Annual vaccination report of Bihar and Orissa - 1911-1928
Year: 1911
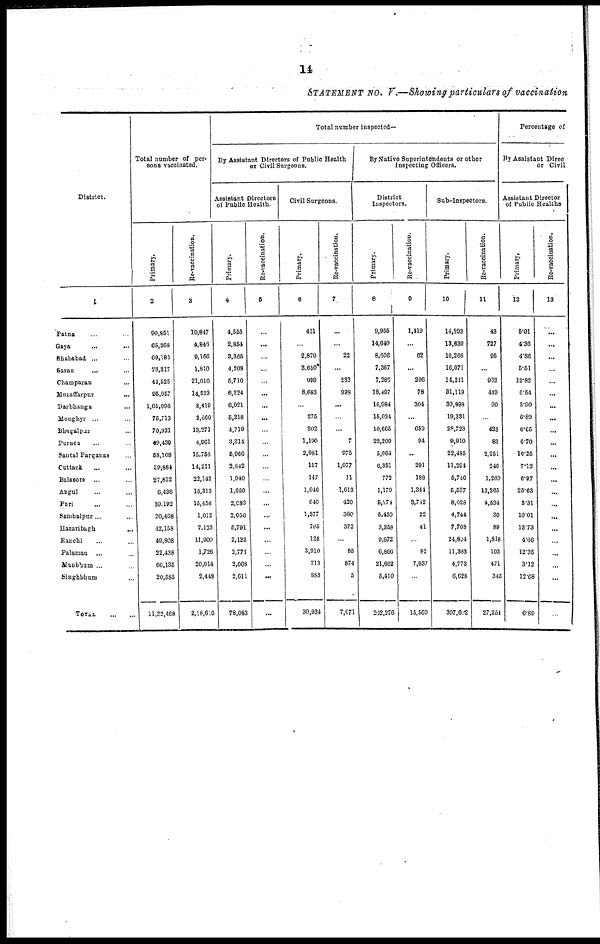
14
STATEMENT No. V.—Showing particulars of vaccination
District.
1
Patna ... ...
Gaya ... ...
Shahabad ... ...
Saran
... ...
Champaran ...
Muzaffarpur
...
Darbhanga ...
Monghyr ... ...
Bhagalpur ...
Purnea ... ...
Santal Parganas ...
Cuttack ... ...
Balasore ... ...
Angul ... ...
Puri ... ...
Sambalpur... ...
Hazaribagh
...
Ranchi ... ...
Palamau ... ...
Manbhum ... ...
Singhbhum ...
TOTAL
...
...
Total number of per-
sons vaccinated.
Primary.
2
90,851
65,368
69,186
76,317
44,525
95,057
1,01,996
75,713
70,921
49,439
58,169
39,884
27,822
6,436
39,192
20,468
12,158
49,808
22,438
66,135
20,585
11,32,468
Re-vaccination.
3
10,847
4,846
9,166
1,810
21,010
14,523
8,419
2,660
13,271
4,961
15,758
14,211
22,142
15,313
15,456
1,012
7,123
11,900
1,726
20,014
2,448
2,18,616
Total number inspected—
By Assistant Directors of Public Health
or Civil Surgeons.
Assistant Directors
of Public Health.
Primary.
4
4,555
2,854
3,365
4,208
5,710
6,224
6,021
5,218
4,719
3,314
5,966
2,842
1,940
1,650
2,083
2,050
5,791
2,123
3,771
2,068
2,611
78,083
Re-vaccination.
5
...
...
...
...
...
...
...
...
...
...
...
...
...
...
...
...
...
...
...
...
...
...
Civil Surgeons.
Primary.
6
421
...
2,870
3,650
999
8,683
...
275
202
1,190
2,981
117
147
1,046
640
1,877
705
125
3,910
713
883
30,934
Re-vaccination.
7
...
...
22
...
232
998
...
...
...
7
975
1,077
11
1,613
420
380
372
...
85
874
5
7,071
By Native Superintendents or other
Inspecting Officers.
District
Inspectors.
Primary.
8
9,955
14,640
8,606
7,367
7,280
18,497
16,984
15,024
10,665
22,200
5,064
6,351
772
1,170
5,174
5,450
3,358
9,672
6,866
21,662
5,410
202,276
Re-vaccination.
9
1,419
...
62
...
206
78
304
...
659
94
...
291
188
1,344
3,742
22
41
...
82
7,037
...
15,569
Sub-Inspectors.
Primary.
10
14,293
13,630
16,266
16,071
14,211
31,119
30,898
19,331
28,723
9,910
22,485
11,294
5,746
5,537
8,028
4,744
7,708
24,824
11,383
4,773
6,628
307,602
Re-vaccination.
11
43
727
95
...
932
449
90
...
423
83
2,251
246
1,260
13,265
4,534
30
89
1,818
103
471
345
27,254
Percentage of
By Assistant Direc
or Civil
Assistant Director
of Public Healths
Primary.
12
5.01
4.36
4.86
5.51
12.82
6.54
5.90
6.89
6.65
6.70
10.25
7.12
6.97
25.63
5.31
10.01
13.73
4.66
12.35
3.12
12.68
6.89
Re-vaccination.
13
...
...
...
...
...
...
...
...
...
...
...
...
...
...
...
...
...
...
...
...
...
...